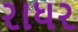
રાધર